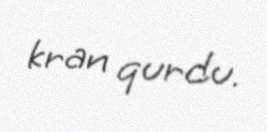
kran qurdu.